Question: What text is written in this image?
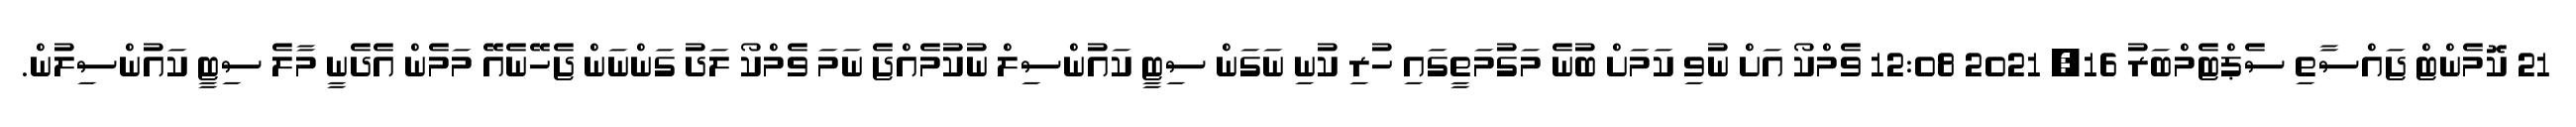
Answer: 21 ކޮމެންޓް ޖައްސާތި ސެޕްޓެމްބަރު 16, 2021 12:08 ވެމްކޯ އަށް ނުވި ކަމަށް ބުނެ މަގުމަތީގައި ހުރި ކުނި ނަގަން ސިޓީ ކައުންސިލް ނުކުމެއްޖެ ނަމަ ވެމްކޯ ލަދު ގަންނަން ޖެހޭނެއޭ މަމެން އެދެނީ މާލެ ސިޓީ ކައުންސިލުން.